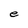
Character: e